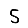
Digit: 5